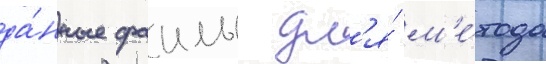
да́нные фаилы дл'я́ м'е́тода